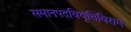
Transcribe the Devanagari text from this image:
समानपदविवृत्तिविराम